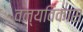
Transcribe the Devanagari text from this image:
वन्यविकास